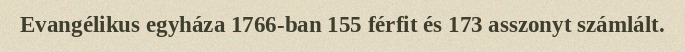
Evangélikus egyháza 1766-ban 155 férfit és 173 asszonyt számlált.